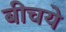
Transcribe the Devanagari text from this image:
बीचये